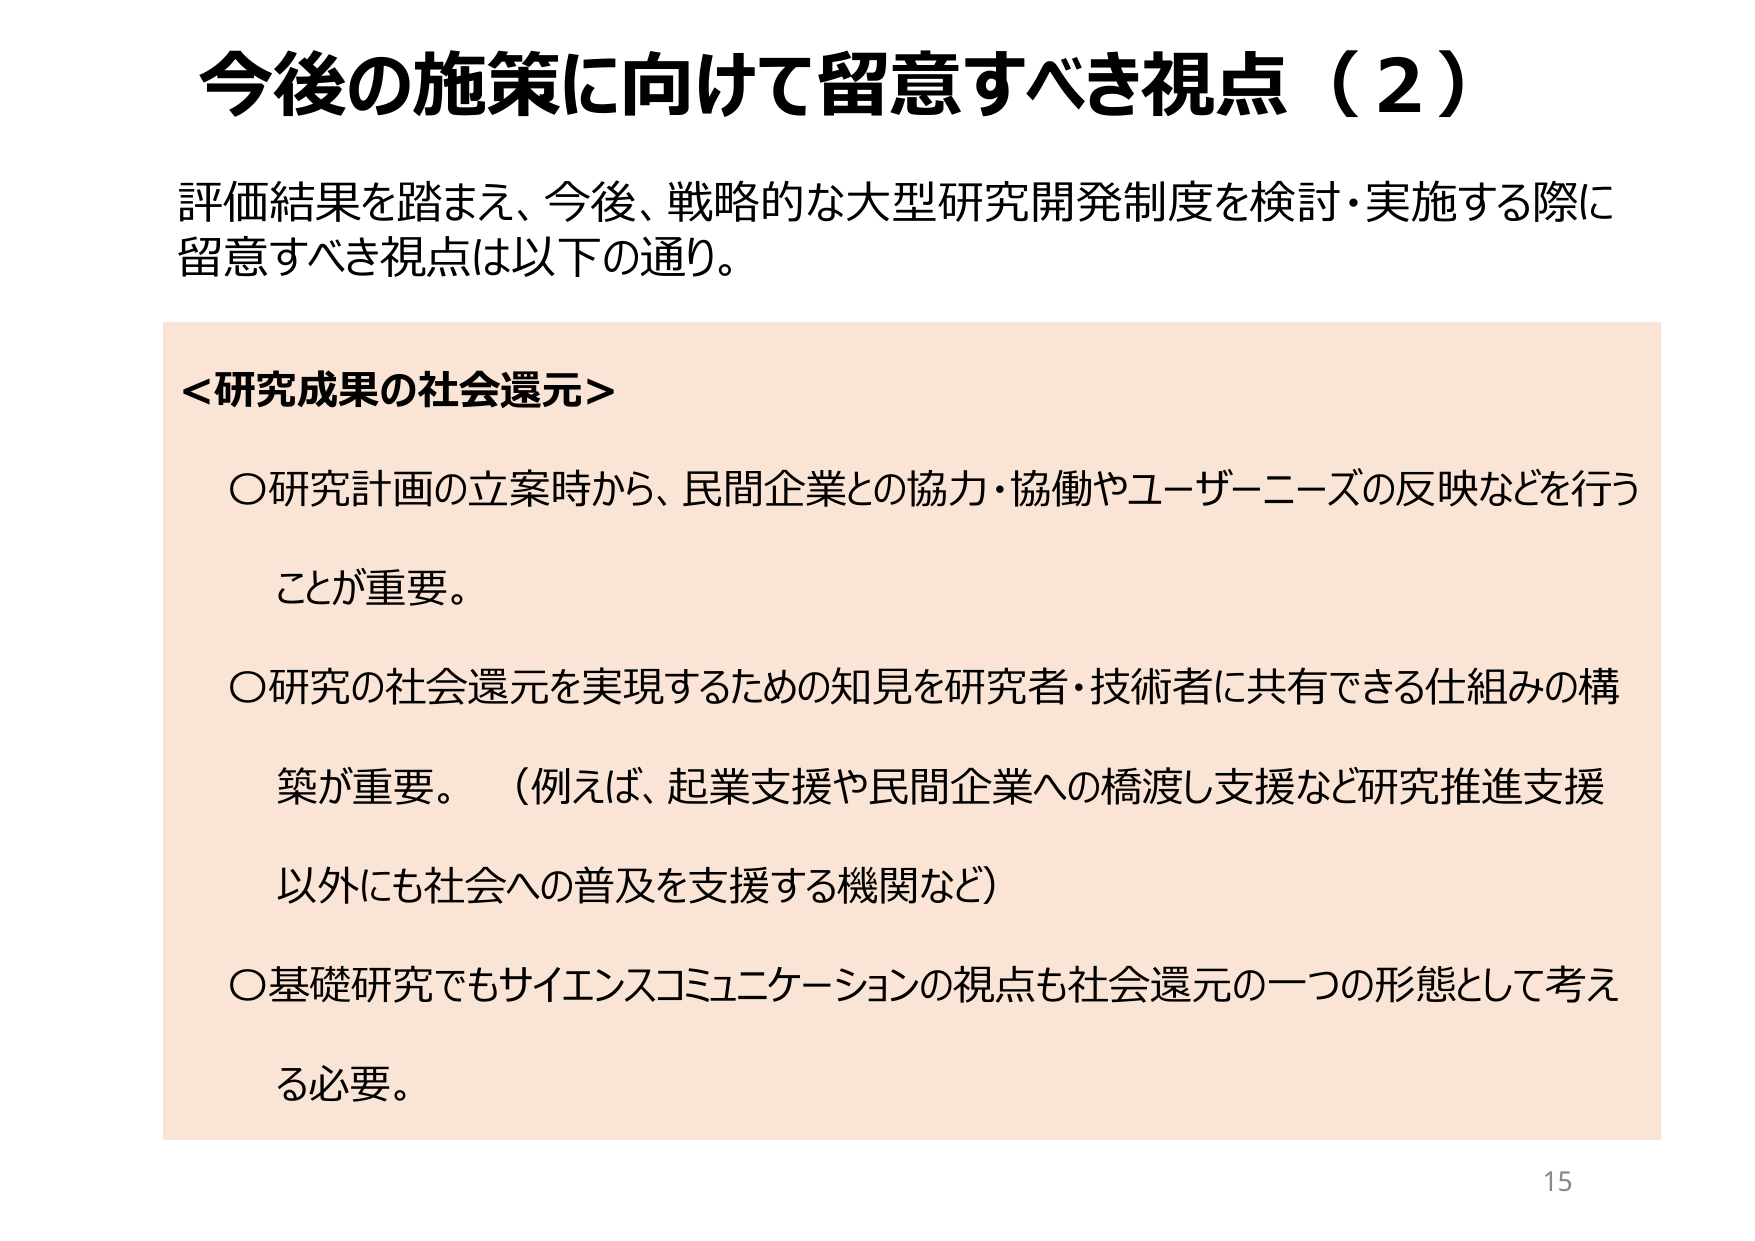
今後の施策に向けて留意すべき視点（2）

評価結果を踏まえ、今後、戦略的な大型研究開発制度を検討・実施する際に
留意すべき視点は以下の通り。

＜研究成果の社会還元＞

〇研究計画の立案時から、民間企業との協力・協働やユーザーニーズの反映などを行う
ことが重要。

〇研究の社会還元を実現するための知見を研究者・技術者に共有できる仕組みの構
築が重要。（例えば、起業支援や民間企業への橋渡し支援など研究推進支援
以外にも社会への普及を支援する機関など）

〇基礎研究でもサイエンスコミュニケーションの視点も社会還元の一つの形態として考え
る必要。

15